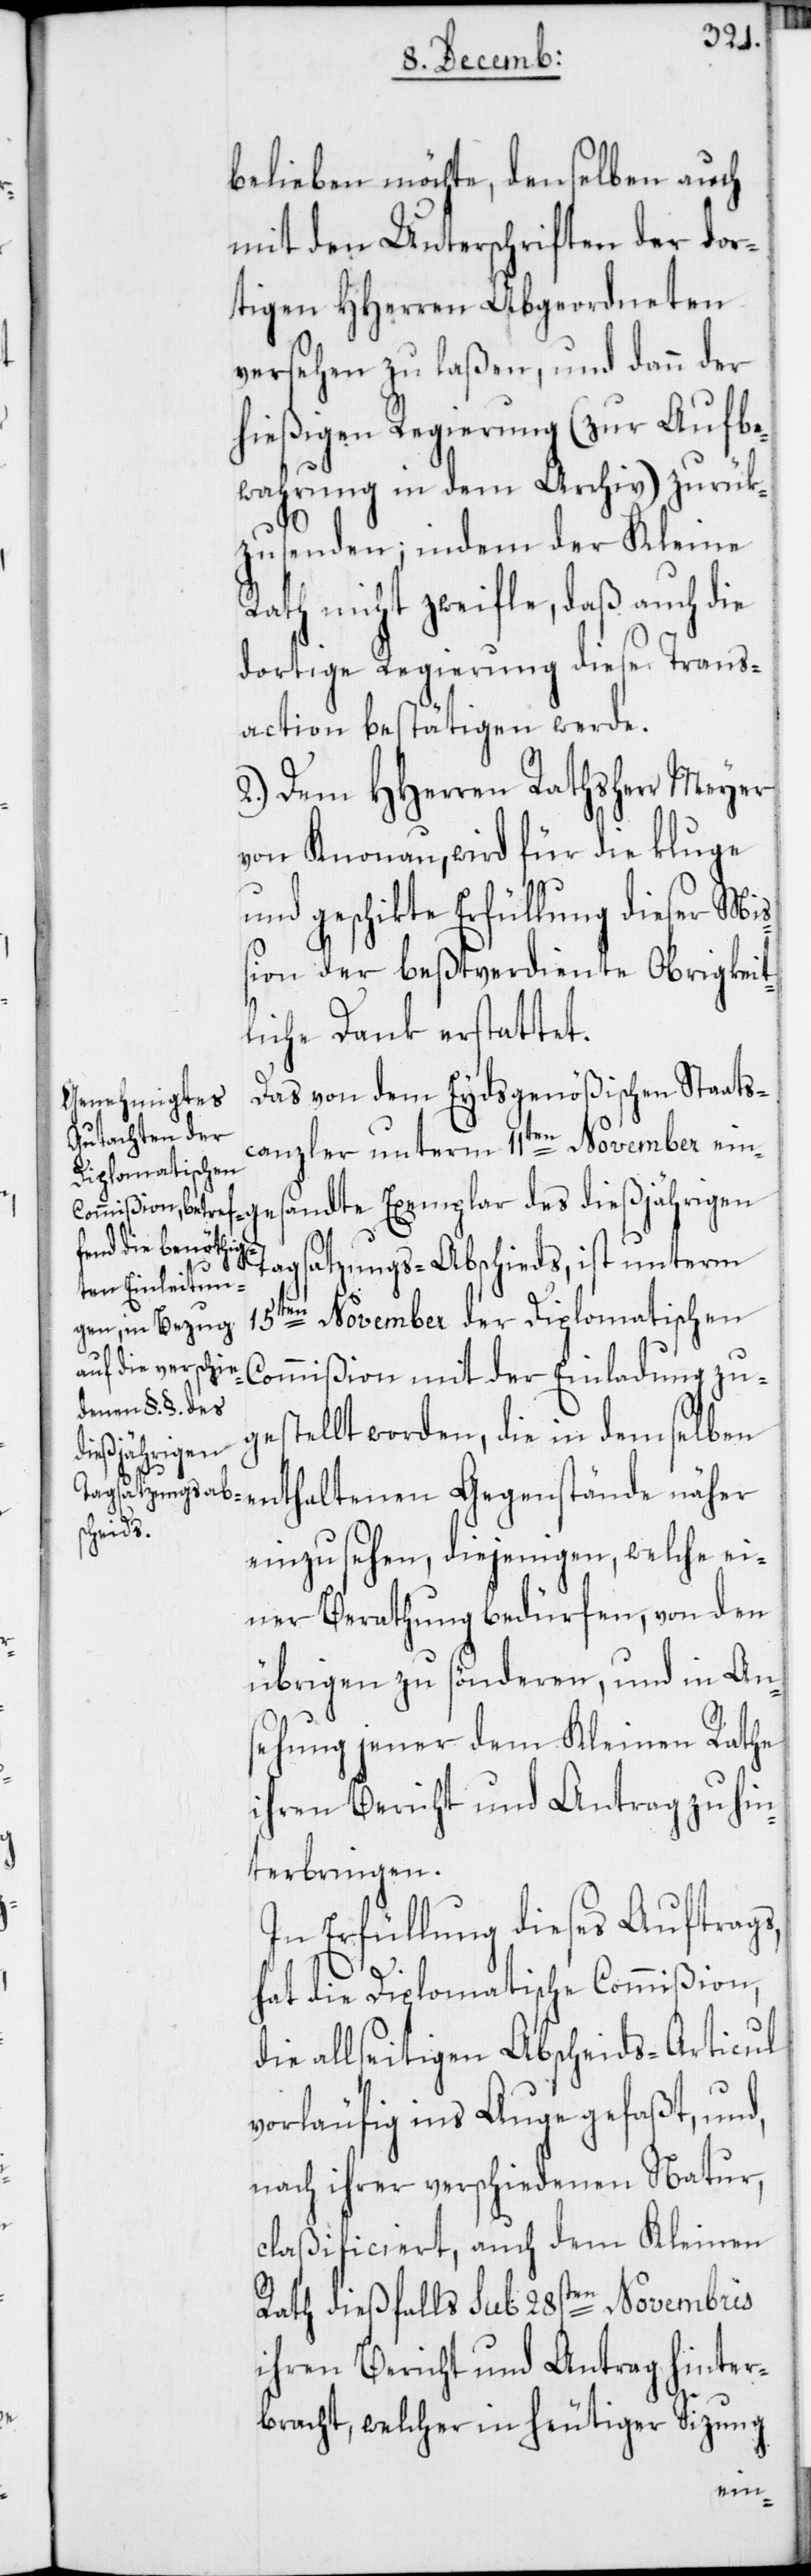
belieben möchte, denselben auch
mit den Unterschriften der dor¬
tigen HHerren Abgeordneten
versehen zu laßen, und dann der
hießigen Regierung (zur Aufbe¬
wahrung in dem Archiv) zurük¬
zusenden; indem der Kleine
Rath nicht zweifle, daß auch die
dortige Regierung diese Trans¬
action bestätigen werde.
2.) Dem HHerren Rathsherr Meyer
von Knonau, wird für die kluge
und geschikte Erfüllung dieser Mi¬
ßion der beßtverdiente Obrigkeit¬
liche Dank erstattet.
Das von dem Eydsgenößischen Staats¬
canzler unterm 11ten November ein¬
gesandte Exemplar des dießjährigen
Tagsatzungs-Abschieds, ist unterm
15ten November der Diplomatischen
Commißion mit der Einladung zu¬
gestellt worden, die in demselben
enthaltenen
einzusehen, diejenigen, welche ei¬
ner Berathung bedürfen, von den
übrigen zu sönderen, und in An¬
sehung jener dem Kleinen Rathe
ihren Bericht und Antrag zu hin¬
terbringen.
In Erfüllung dieses Auftrags,
hat die Diplomatische Commißion,
die allseitigen Abscheids-Articul
vorläufig ins Auge gefaßt, und,
nach ihrer verschiedenen Natur,
claßificiert, auch dem Kleinen
Rath dießfalls sub 28sten Novembris
ihren Bericht und Antrag hinter¬
bracht, welcher in heutiger Sizung